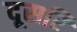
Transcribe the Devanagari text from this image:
दूसरि